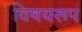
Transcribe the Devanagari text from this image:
विषयरूप